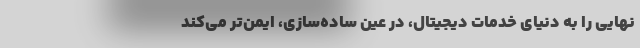
نهایی را به دنیای خدمات دیجیتال، در عین ساده‌سازی، ایمن‌تر می‌کند